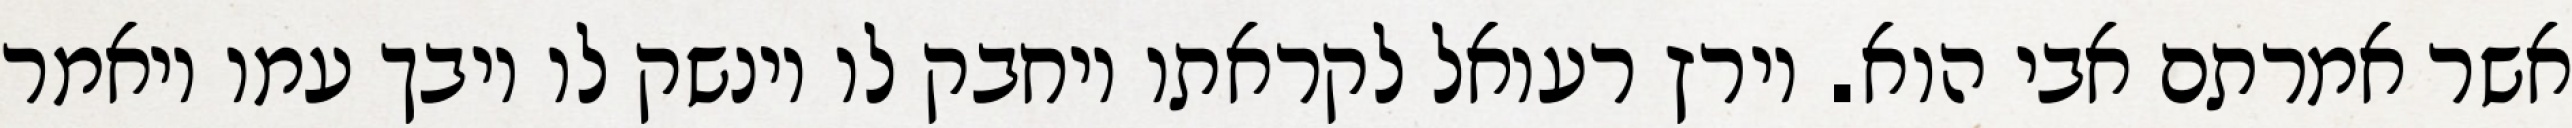
אשר אמרתם אבי הוא. וירץ רעואל לקראתו ויחבק לו וינשק לו ויבך עמו ויאמר